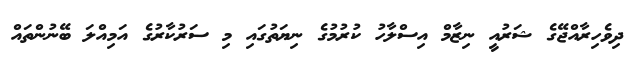
ދިވެހިރާއްޖޭގެ ޝަރުއީ ނިޒާމް އިސްލާހު ކުރުމުގެ ނިޔަތުގައި މި ސަރުކާރުގެ އަމިއްލަ ބޭނުންތައް